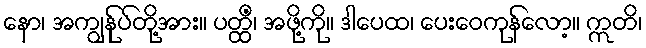
နော၊ အကျွန်ုပ်တို့အား။ ပတ္ထိံ၊ အဖို့ကို။ ဒါပေထ၊ ပေးဝေကုန်လော့။ ဣတိ၊